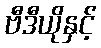
ဗီဒီယိုနှင့်